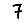
Digit: 7